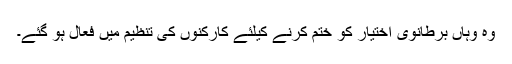
وہ وہاں برطانوی اختیار کو ختم کرنے کیلئے کارکنوں کی تنظیم میں فعال ہو گئے۔